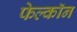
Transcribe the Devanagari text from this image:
फेल्काॅन